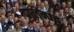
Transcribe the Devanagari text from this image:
पालमाच